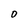
Character: O